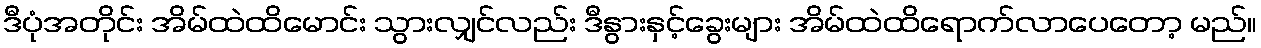
ဒီပုံအတိုင်း အိမ်ထဲထိမောင်း သွားလျှင်လည်း ဒီနွားနှင့်ခွေးများ အိမ်ထဲထိရောက်လာပေတော့ မည်။